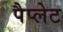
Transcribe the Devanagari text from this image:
पैप्लेट